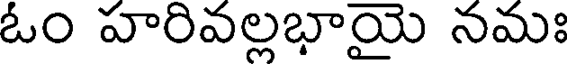
ఓం హరివల్లభాయై నమః